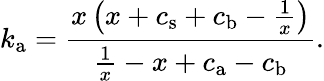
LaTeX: k_{\mathrm{a}}=\frac{x\left(x+c_{\mathrm{s}}+c_{\mathrm{b}}-\frac{1}{x}\right)}{\frac{1}{x}-x+c_{\mathrm{a}}-c_{\mathrm{b}}}.